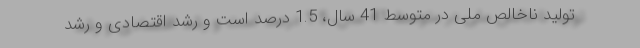
تولید ناخالص ملی در متوسط 41 سال، 1.5 درصد است و رشد اقتصادی و رشد